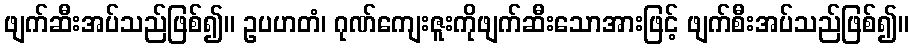
ဖျက်ဆီးအပ်သည်ဖြစ်၍။ ဥပဟတံ၊ ဂုဏ်ကျေးဇူးကိုဖျက်ဆီးသောအားဖြင့် ဖျက်စီးအပ်သည်ဖြစ်၍။